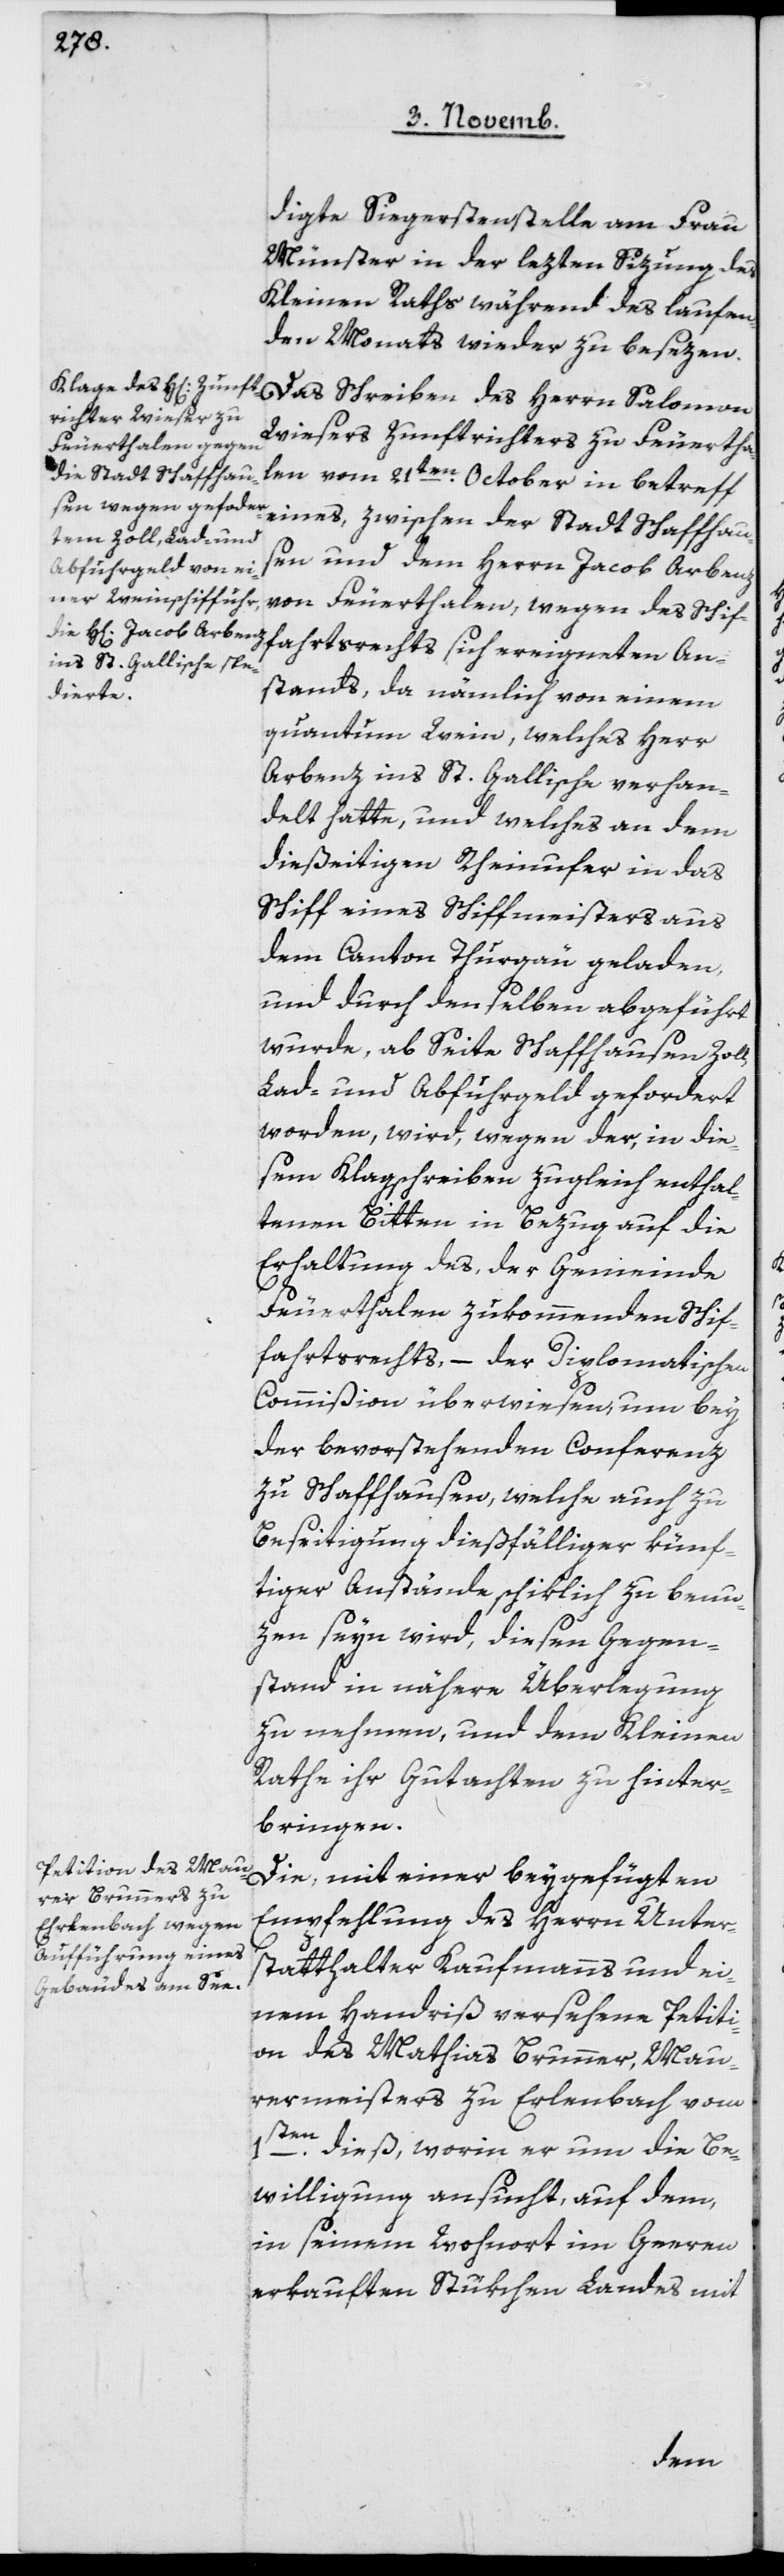
digte Siegerstenstelle am Frau
Münster in der lezten Sizung des
Kleinen Raths während des laufen¬
den Monats wieder zu besezen.
Das Schreiben des Herrn Salomon
Wiesers, Zunftrichters zu Feuertha¬
len, vom 21ten October in Betreff
eines, zwischen der Stadt Schaffhau¬
sen und dem Herrn Jacob Arbenz
von Feuerthalen, wegen des Schif¬
fahrtsrechts sich ereigneten An¬
stands, da nämlich von einem
Quantum Wein, welches Herr
Arbenz ins St. Gallische verhan¬
delt hatte, und welches an dem
dießeitigen Rheinufer in das
Schiff eines Schiffmeisters aus
dem Canton Thurgau geladen,
und durch denselben abgeführt
wurde, ab Seite Schaffhausen Zoll,
Lad- und Abfuhrgeld gefordert
worden, wird, wegen der in die¬
sem Klagschreiben zugleich enthal¬
tenen Bitten in Bezug auf die
Erhaltung des, der Gemeinde
Feuerthalen zukommenden Schif¬
fahrtsrechts, – der Diplomatischen
Commißion überwiesen, um bey
der bevorstehenden Conferenz
zu Schaffhausen, welche auch zu
Beseitigung dießfälliger künf¬
tiger Anstände schiklich zu benu¬
zen seyn wird, diesen Gegen¬
stand in nähere Überlegung
zu nehmen, und dem Kleinen
Rathe ihr Gutachten zu hinter¬
bringen.
Die mit einer beygefügten
Empfehlung des Herrn Unter¬
statthalter Kaufmanns und ei¬
nem Handriß versehene Petiti¬
on des Mathias Brunner, Mau¬
rermeisters zu Erlenbach vom
1ten dieß, worin er um die Be¬
willigung ansucht, auf dem,
in seinem Wohnort im Geeren
erkauften Stükchen Landes mit